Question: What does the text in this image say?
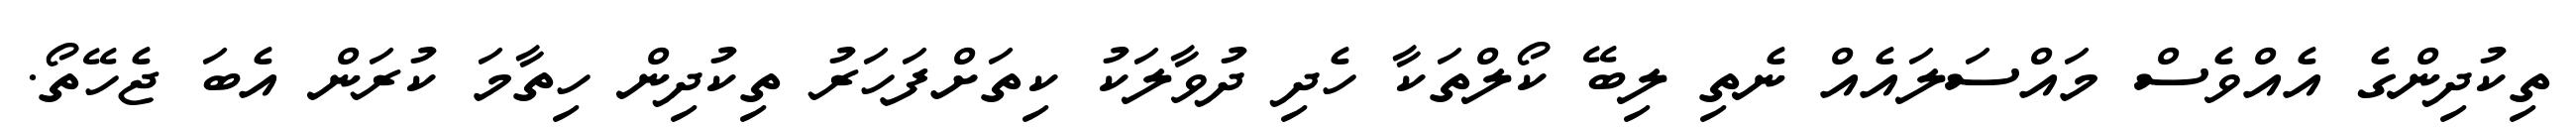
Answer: ތިކުދިންގެ އެއްވެސް މައްސަލައެއް ނެތި ލިބޭ ކޯލްތަކާ ހެދި ދުވާލަކު ކިތަށްފަހަރު ތިކުދިން ހިތާމަ ކުރަން އެބަ ޖެހޭތޯ.